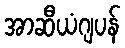
အာဆီယံဂျပန်